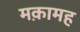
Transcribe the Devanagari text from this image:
मक़ामह